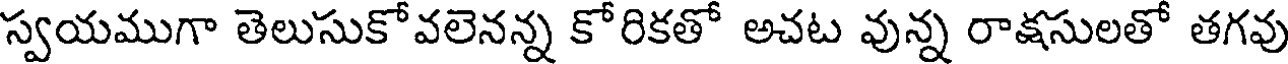
స్వయముగా తెలుసుకోవలెనన్న కోరికతో అచట వున్న రాక్షసులతో తగవు